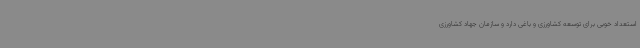
استعداد خوبی برای توسعه کشاورزی و باغی دارد و سازمان جهاد کشاورزی